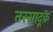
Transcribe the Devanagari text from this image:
तस्सादूक़